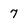
Character: 7